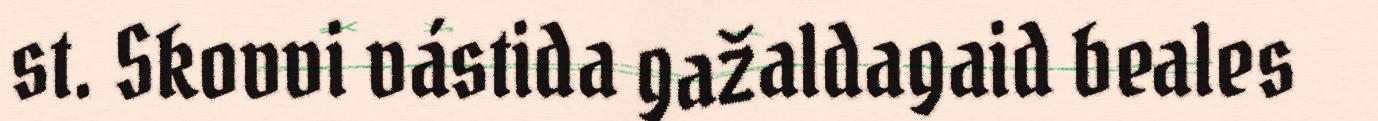
st. Skovvi vástida gažaldagaid beales